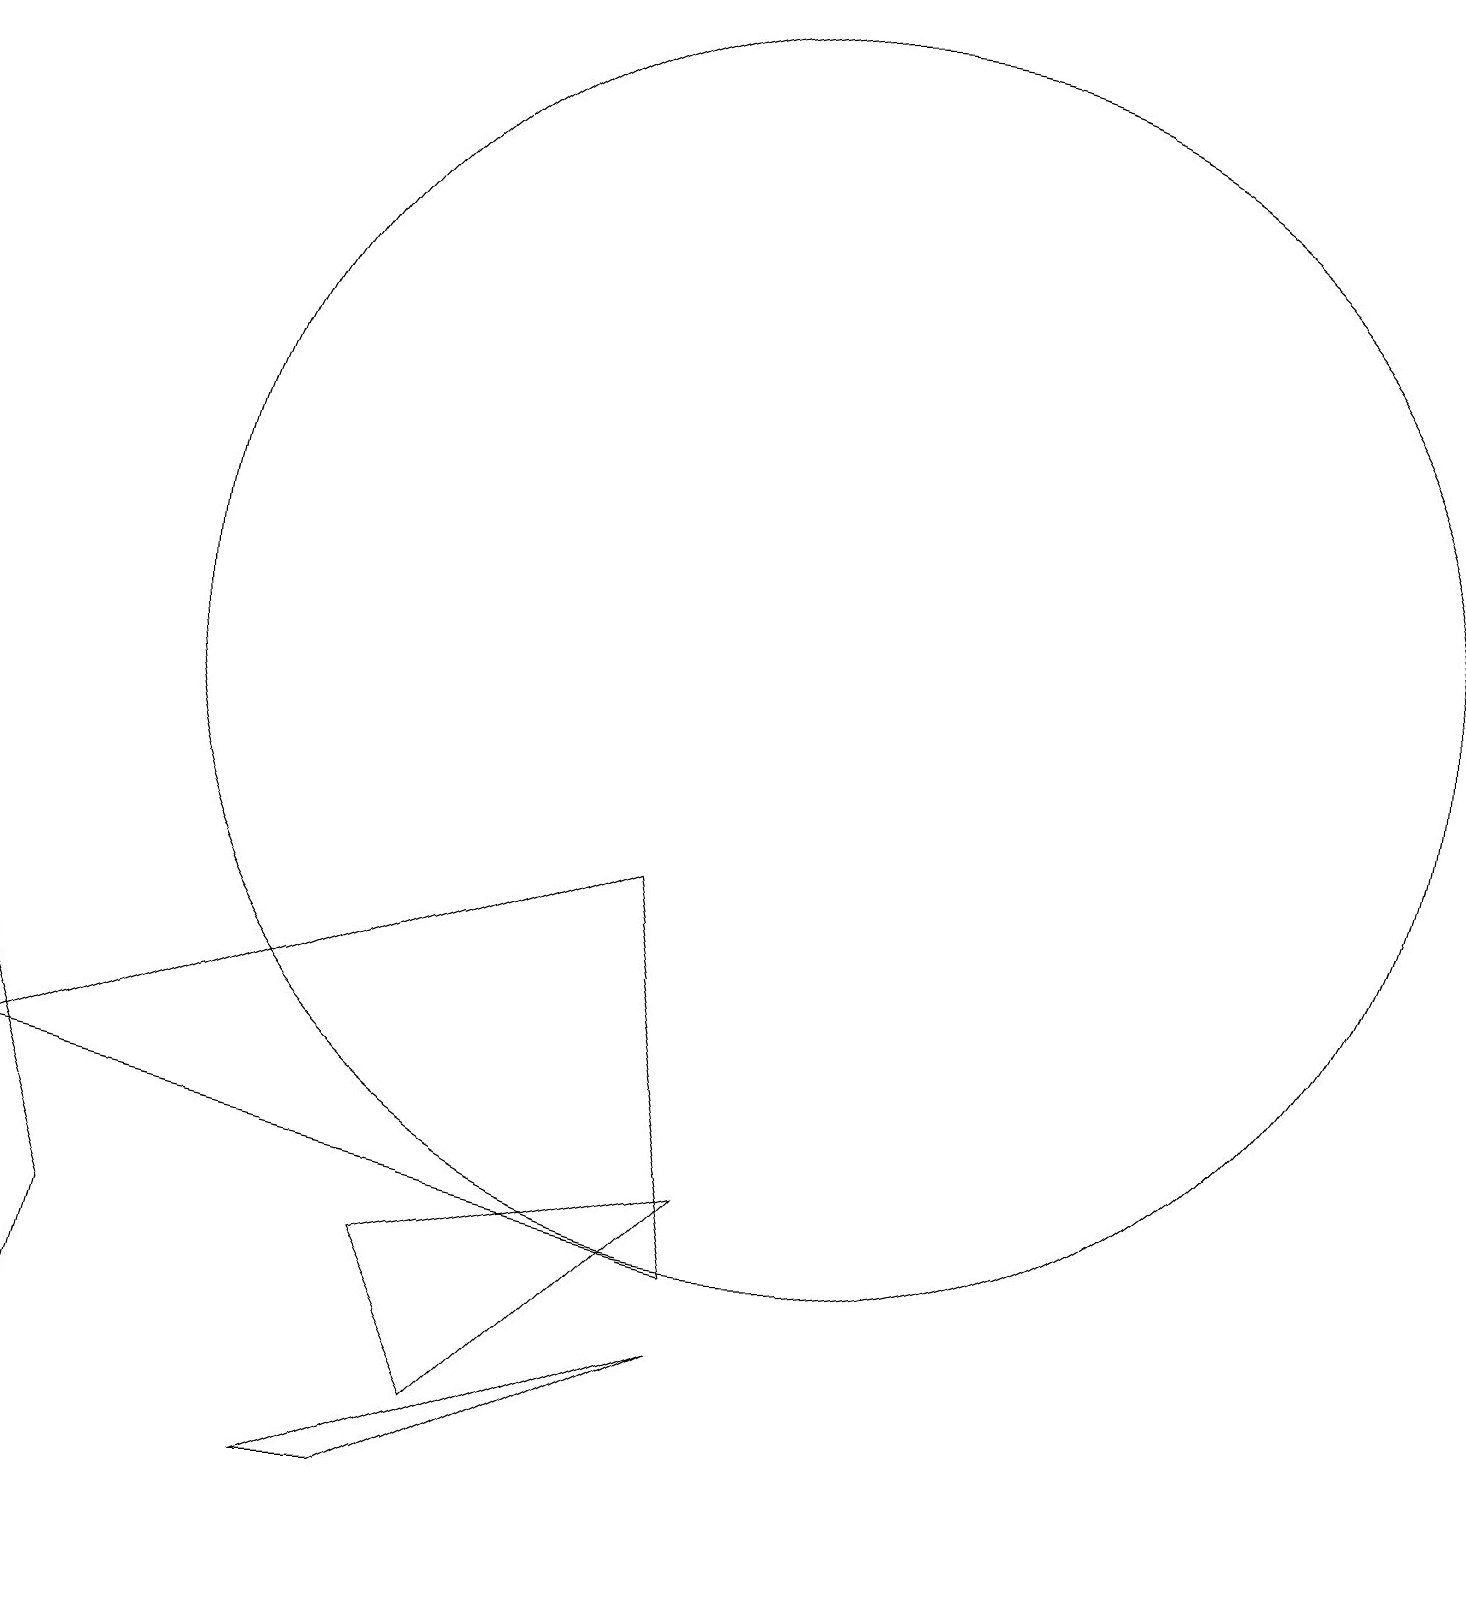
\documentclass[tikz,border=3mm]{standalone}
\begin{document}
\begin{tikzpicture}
\draw (9,4) -- (0,6) -- (8,9) -- cycle;
\draw (0,0) -- (1,4) -- (0,7) -- cycle;
\draw (5,4) -- (6,2) -- (9,5) -- cycle;
\draw (10,12) circle (8);
\draw (9,3) -- (4,1) -- (5,1) -- cycle;
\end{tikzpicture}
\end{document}